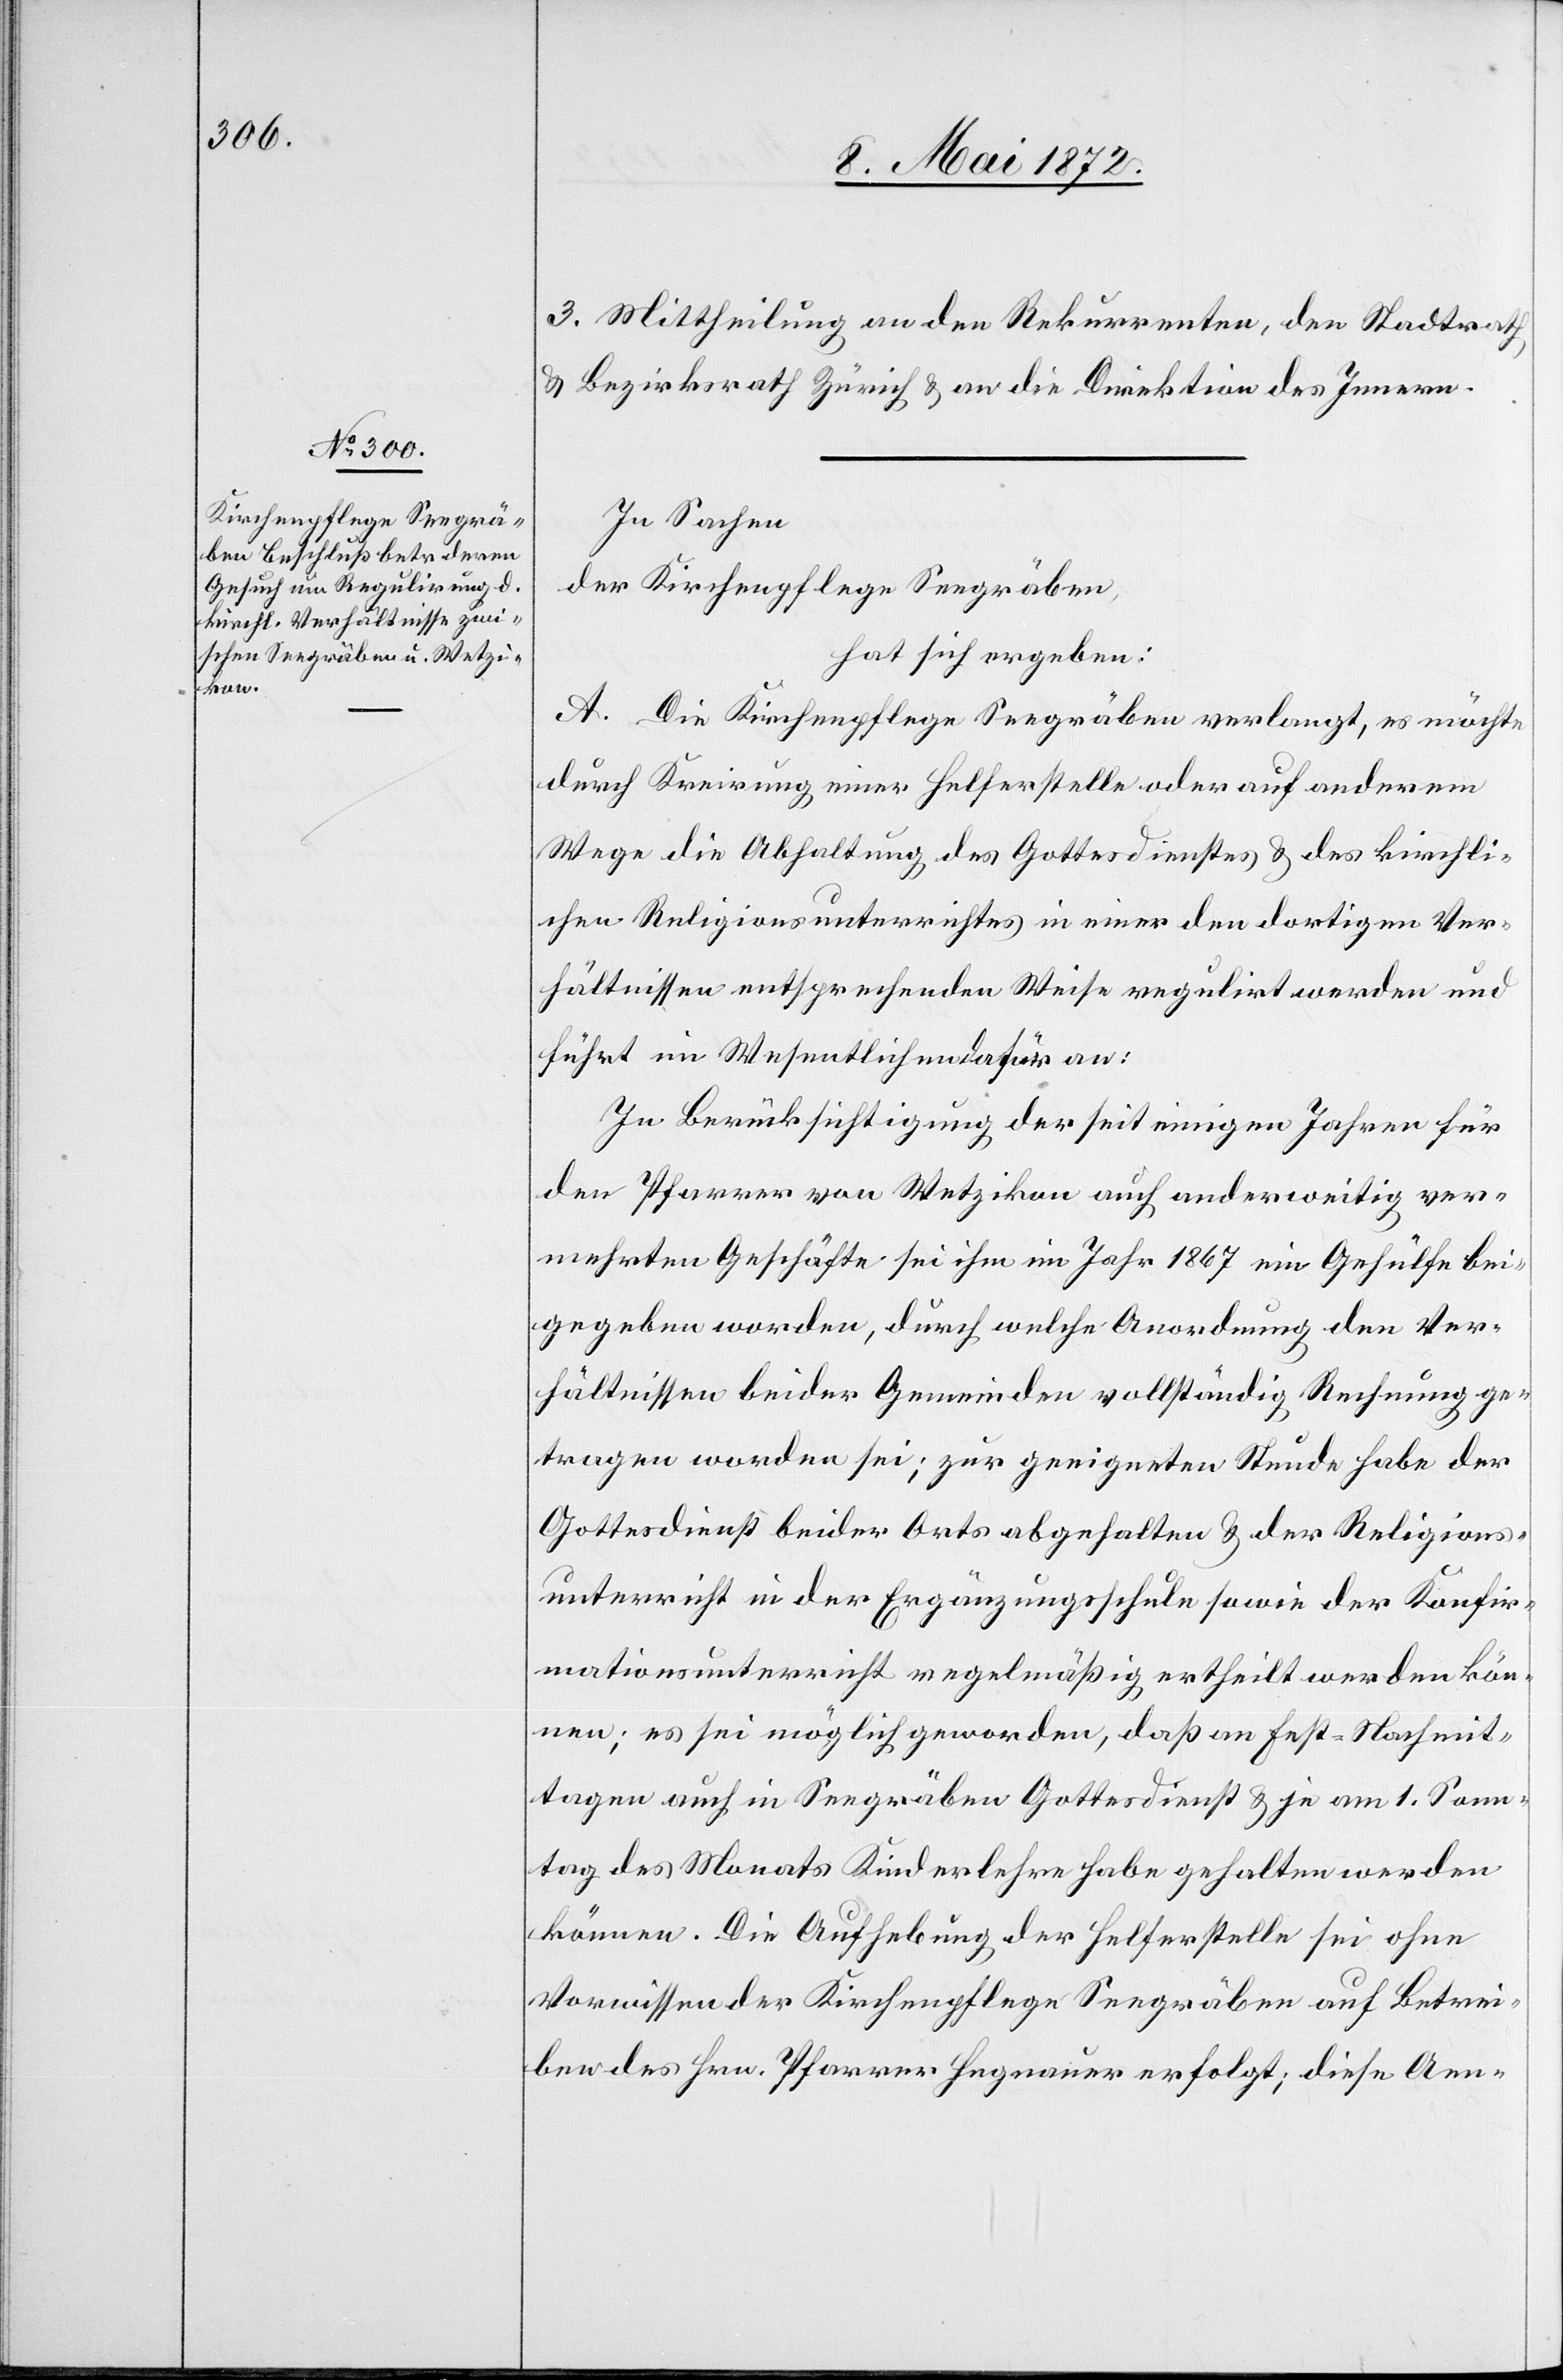
3. Mittheilung an den Rekurrenten, den Stadtrath
u. Bezirksrath Zürich u. an die Direktion des Innern.
In Sachen
der Kirchenpflege Seegräben,
hat sich ergeben:
A. Die Kirchenpflege Seegräben verlangt, es möchte
durch Kreirung einer Helferstelle oder auf anderem
Wege die Abhaltung des Gottesdienstes u. des kirchli¬
chen Religionsunterrichtes in einer den dortigen Ver¬
hältnissen entsprechenden Weise regulirt werden und
führt im Wesentlichen dafür an:
In Berücksichtigung der seit einiger Jahren für
den Pfarrer von Wetzikon auch anderweitig ver¬
mehrten Geschäfte sei ihm im Jahr 1867 ein Gehülfe bei¬
gegeben worden, durch welche Anordnung den Ver¬
hältnissen beider Gemeinden vollständig Rechnung ge¬
tragen worden sei; zur geeigneten Stunde habe der
Gottesdienst beider Orts abgehalten u. der Religions¬
unterricht in der Ergänzungsschule sowie der Konfir¬
mationsunterricht regelmäßig ertheilt werden kön¬
nen; es sei möglich geworden, daß an Fest-Nachmit¬
tagen auch in Seegräben Gottesdienst u. je am 1. Sonn¬
tag des Monats Kinderlehre habe gehalten werden
können. Die Aufhebung der Helferstelle sei ohne
Vorwissen der Kirchenpflege Seegräben auf Betrei¬
ben des Hrn. Pfarrer Hegnauer erfolgt; diese Aen-